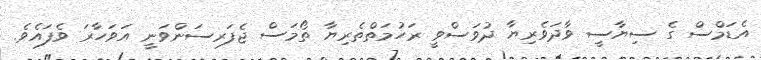
އެޑަމްސް ގެ ސިޔާސީ ވާދަވެރިޔާ ދުވަސްވީ ރަހުމަތްތެރިޔާ ތޯމަސް ޖެފަރސަންވަނީ އަވަހާރަ ވެފައެވެ.